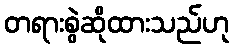
တရားစွဲဆိုထားသည်ဟု